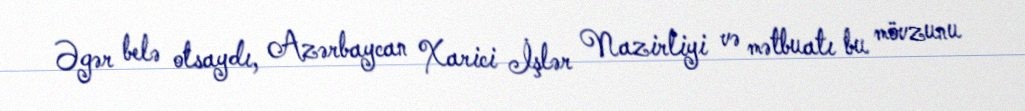
Əgər belə olsaydı, Azərbaycan Xarici İşlər Nazirliyi və mətbuatı bu mövzunu